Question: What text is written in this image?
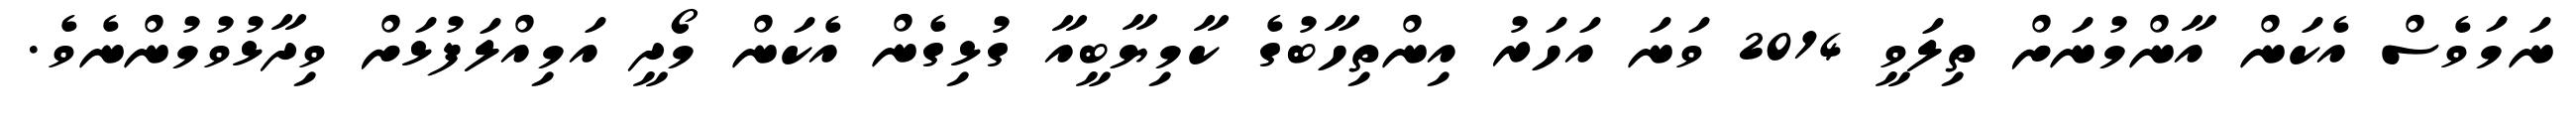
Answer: ނަމަވެސް އެކަން އާންމުނަށް ތިލަވީ 2014 ވަނަ އަހަރު އިންތިހާބުގެ ކާމިޔާބީއާ ގުޅިގެން އެކަން މޯދީ އަމިއްލަފުޅަށް ވިދާޅުވުމުންނެވެ.